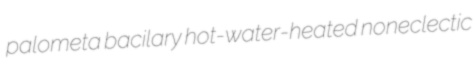
palometa bacilary hot-water-heated noneclectic